Lunatic asylums Bombay report 1878-1890 - 1878-1890
Year: 1878
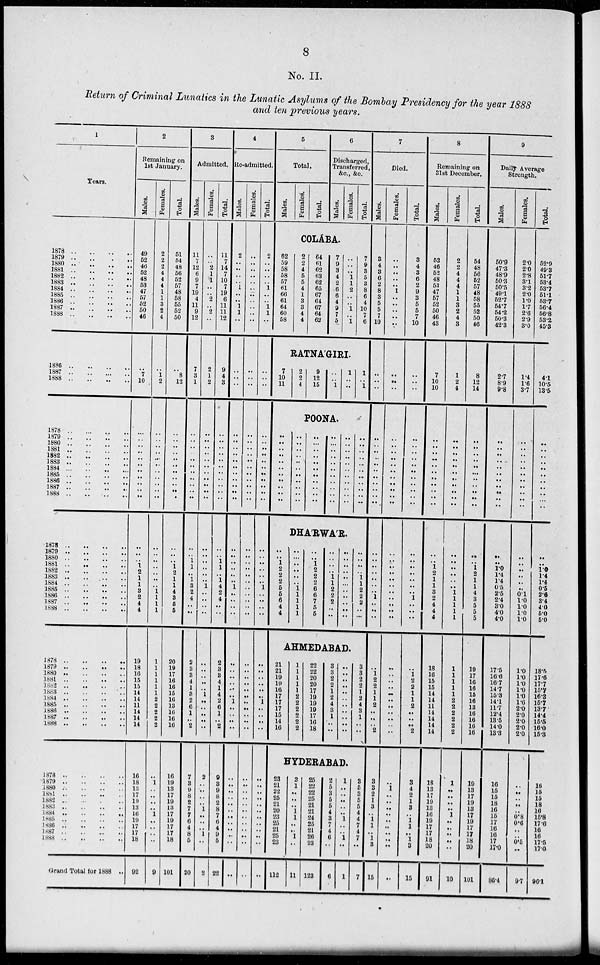
8
No. II.
Return of Criminal Lunatics in the Lunatic Asylums of the Bombay Presidency for the year 1888
and ten previous years.
1
Years.
1878
..
..
..
..
1879..
..
..
..
1880.. .. .. ..
1881..
..
..
..
1882..
..
..
..
1883..
..
..
..
1884..
..
..
..
1885..
..
..
..
1886..
..
..
..
1887.. .. .. ..
1888..
..
..
..
1886.. .. .. ..
1887..
..
..
..
1888.. .. .. ..
1878.. .. .. ..
1879.. .. .. ..
1880.. .. .. ..
1881.. .. .. ..
1882.. .. .. ..
1883.. .. .. ..
1884.. .. .. ..
1885.. .. .. ..
1886.. .. .. ..
1887.. .. .. ..
1888.. .. .. ..
1878 .. .. .. ..
1879.. .. .. ..
1880.. .. .. ..
1881.. .. .. ..
1882..
..
..
..
1883..
..
..
..
1884.. .. .. ..
1885.. .. .. ..
1886.. .. .. ..
1887.. .. .. ..
1888.. .. .. ..
1878.. .. .. ..
1879..
..
..
..
1880.. .. .. ..
1881.. .. .. ..
1882..
..
..
..
1883.. .. .. ..
1884.. .. .. ..
1885.. .. .. ..
1886.. .. .. ..
1887.. .. .. ..
1888.. .. .. ..
1878..
..
..
..
1879..
..
..
..
1880..
..
..
..
1881.. .. .. ..
1882.. .. .. ..
1883.. .. .. ..
1884.. .. .. ..
1885.. .. .. ..
1886.. .. .. ..
1887.. .. .. ..
1888..
..
..
..
Grand Total for 1888 ..
2
Remaining on
1st January.
Males.
49
52
46
52
48
53
47
57
52
50
46
..
7
10
..
..
..
..
..
..
..
..
..
..
..
..
..
.. 1
2
1
1
3
2
4
4
19
18
16
15
15
14
14
11
14
14
14
16
18
13
17
19
13
16
19
17
17
18
92
Females.
2
2
2
4
4
4
1
1
3
2
4
..
1
2
..
..
..
..
..
..
..
..
..
..
..
..
..
..
..
..
..
.. 1 1
1
1
1
1
1 1
1
1 2
2
2
2
2
..
1
.. ..
..
.. 1
..
..
..
..
9
Total.
51
54
48
56
52
57
48
58
55
52
50
..
8
12
..
..
..
..
..
..
..
..
..
..
..
..
..
.. 1
2
1
1
4
3
5
5
20
19
17
16
16
15
16
13
16
16
16
16
19
13
17
19
13
17
19
17
17
18
101
3
Admitted.
Males.
11
7
12
6
9
7
19
4
11
9
12
7
3
1
..
..
..
..
..
..
..
..
..
..
..
..
.. 1
1
.. 1
3
2
4
..
..
2
3
3
4
1
3
2
6 1
.. 2
7
3
9
8
2
7 7
6
4
8
5
20
Females.
..
.. 2
1
1
..
.. 2
.. 2
..
2
1
2
..
..
..
..
..
..
.. ..
..
..
..
..
..
..
..
..
.. 1
.. ..
..
..
..
..
.. ..
.. 1
..
.. ..
..
..
2
.. ..
..
.. :
..
..
.. 1
..
2
Total.
11
7
14
7
10
7
19
6
11
11
12
9
4
3
..
..
..
..
..
..
..
..
..
..
..
..
.. 1
1
.. 1
4
2
4
..
..
2
3
3
4
1
4
2
6
1
..
2
9
3
9
8
2
8
7
6
4
9
5
22
4
Re-admitted.
Males.
2
..
..
..
.. 1
..
.. 1
1
..
..
..
..
..
..
..
..
..
..
..
..
..
..
..
..
..
..
..
..
.. 1
..
..
..
..
..
..
..
..
..
.. 1
..
..
..
..
..
..
..
..
..
..
..
..
.. ...
..
..
Females.
..
..
..
..
..
..
..
..
..
..
..
..
..
..
..
..
..
..
..
..
..
..
..
..
..
..
..
..
..
..
..
..
..
..
..
..
..
..
..
..
.. ..
..
..
..
..
..
..
..
..
..
..
..
..
..
.. ..
..
..
Total.
2
..
..
..
.. 1
..
.. 1
1
..
..
..
..
..
..
..
..
..
..
..
..
..
..
..
..
..
..
..
..
.. 1
..
..
..
..
..
..
..
..
.. .. 1
..
..
..
..
..
..
..
..
..
..
..
..
.. ..
..
..
5
Total.
Males.
Females.
Total.
6
Discharged,
Transferred,
&c., &c.
Males.
Females.
Total.
COLÁBA.
62
59
58
58
57
61
66
61
64
60
58
2
2
4
5
5
4
1
3
3
4
4
64
61
62
63
62
65
67
64
67
64
62
7
9
3
4
2
6
6
4
9
7
5
..
.. .. 1
1
2
..
.. 1
.. 1
7
9
3
5
3
8
6
4
10
7
6
RATNA'GIRI.
7
10
11
2
2
4
9
12
15
..
..
1
1
..
..
1
..
1
POONA.
..
..
..
..
..
..
..
..
..
..
..
..
..
..
..
..
..
..
..
..
..
..
..
..
..
..
..
..
..
..
..
..
..
..
..
..
..
..
..
..
..
..
..
..
..
..
..
..
..
..
..
..
..
..
..
..
..
..
..
..
..
..
..
..
..
..
DHA'RWA'R.
..
.. 1 2
2
2
5
5
6
4
4
..
..
..
..
..
.. 1 1
1
1
1
..
.. 1
2
2
2
6
6
7
5
5
..
..
..
.. 1
1
2
2
2
.. ..
..
..
..
.. ..
..
..
..
..
.. ..
..
..
..
.. 1
1
2
2
2
..
..
AHMEDABAD.
21
21
19
19
16
17
17
17
15
14
16
1
1
1
1
1
2
2
2
2
2
2
22
22
20
20
17
19
19
19
17
16
18
3
3
2
2
1
2
4
3
1
..
..
..
..
..
..
..
..
..
..
..
..
..
3
3 2
2
1 2
4
3
1
..
..
HYDERABAD.
23
21
22
25
21
20
23
25
21
25
23
112
2
1
..
..
.. 1
1
..
.. 1
..
11
25
22
22
25
21
21
24
25
21
26
23
123
2
5
3
5
5
4
3
7
4
6
..
6
1
..
.. ..
..
..
1 ..
..
1
..
1
3
5
3
5
5
4
4
7
4
7
..
7
7
Died.
Males.
3
4
3
6
2
8
3
5
5
7
10
..
..
..
..
..
..
..
..
..
..
..
..
..
..
..
..
..
.. ..
..
.. 1
..
.. ..
..
1
2
2
1
1
2
..
..
.. 2
3
3
2
1
3
.. 1
1
..
1
3
15
Females.
..
..
..
..
.. 1
..
..
..
..
..
..
..
..
..
..
..
..
.. ..
.. ..
..
..
..
..
..
.. ..
..
..
..
..
..
..
..
..
..
.. ..
..
..
..
..
..
.. ..
..
1
..
..
..
..
..
..
..
..
..
..
Total.
3
4
3
6
2
9
3
5
5
7
10
..
..
..
..
..
..
..
..
..
..
..
..
..
..
..
..
..
..
.. ..
.. 1
..
.. ..
..
1
2
2
1
1
2
..
..
.. 2
3
4
2
1
3
.. 1
1
.. 1
3
15
8
Remaining on
31st December.
Males.
52
46
52
48
53
47
57
52
50
46
43
7
10
10
..
.. ..
..
..
..
..
..
..
..
..
..
.. 1
2
1
1
3
2
4
4
4
18
16
15
15
14
14
11
14
14
14
14
18
13
17
19
13
16
19
17
17
18
20
91
Females.
2
2
4
4
4
1
1
3
2
4
3
1
2
4
..
.. ..
..
..
..
..
..
..
..
..
..
..
.. ..
.. .. 1
1
1
1
1
1
1
1
1
1
2
2
2
2
2
2
1
..
..
..
.. 1
..
..
..
..
..
10
Total.
54
48
56
52
57
48
58
55
52
50
46
8
12
14
..
..
.. ..
..
..
..
..
..
..
..
..
.. 1
2
1
1
4
3
5
5
5
19
17
16
16
15
16
13
16
16
16
16
19
13
17
19
13
17
19
17
17
18
20
101
9
Daily Average
Strength.
Males.
50.9
47.3
48.9
50.3
50.5
49.1
52.7
54.7
54.2
50.3
42.3
2.7
8.9
9.8
..
..
..
.. ..
..
..
.. ..
..
..
..
.. 1.0
1.4
1.4
0.5
2.5
2.4
3.0
4.0
4.0
17.5
16.0
16.7
14.7
15.3
14.1
11.7
12.4
13.5
14.0
13.3
16
15
15
18
16
15
17
16
16
17
17.0
86.4
Females.
2.0
2.0
2.8
3.1
3.2
2.0
1.0
1.7
2.6
2.9
3.0
1.4
1.6
3.7
..
.. ..
.. ..
..
..
.. ..
..
..
..
..
.. ..
..
..
0.1
1.0
1.0
1.0
1.0
1.0
1.0
1.0
1.0
1.0
1.0
2.0
2.0
2.0
2.0
2.0
..
..
..
..
.. 0.8
0.6
..
.. 0.5
..
9.7
Total.
52.9
49.3
51.7
53.4
53.7
51.1
53.7
56.4
56.8
53.2
45.3
4.1
10.5
13.5
..
..
..
.. ..
..
..
.. ..
..
..
..
..
1.0 1.4
1.4
0.5
2.6
3.4
4.0
5.0
5.0
18.5
17.6
17.7
15.7
16.3
15.7
13.7
14.4
15.5
16.0
15.3
16
15
15
18
16
15.8
17.0
16
16
17.5
17.0
96.1